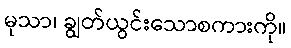
မုသာ၊ ချွတ်ယွင်းသောစကားကို။